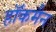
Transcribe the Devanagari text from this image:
हाॅकमैन